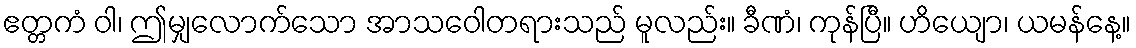
ဧတ္တကံ ဝါ၊ ဤမျှလောက်သော အာသဝေါတရားသည် မူလည်း။ ခီဏံ၊ ကုန်ပြီ။ ဟိယျော၊ ယမန်နေ့။